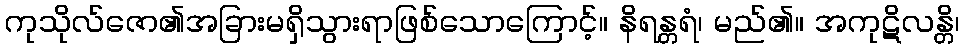
ကုသိုလ်ဇော၏အခြားမရှိသွားရာဖြစ်သောကြောင့်။ နိရန္တရံ၊ မည်၏။ အကုဋိလန္တိ၊